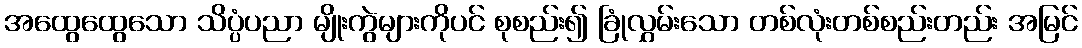
အထွေထွေသော သိပ္ပံပညာ မျိုးကွဲများကိုပင် စုစည်း၍ ခြုံလွှမ်းသော တစ်လုံးတစ်စည်းတည်း အမြင်